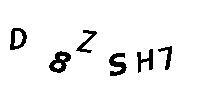
D8ZSH7